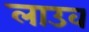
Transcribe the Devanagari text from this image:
लाउव